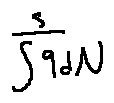
\frac { s } { \int 9 d N }